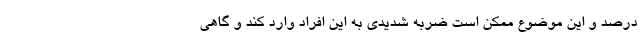
درصد و این موضوع ممکن است ضربه شدیدی به این افراد وارد کند و گاهی